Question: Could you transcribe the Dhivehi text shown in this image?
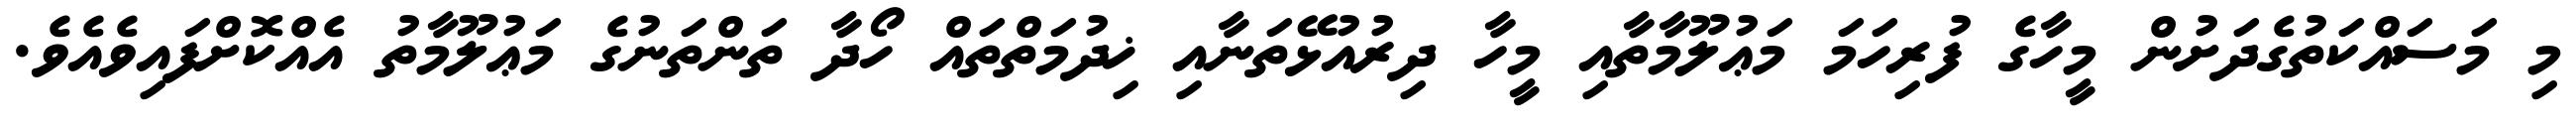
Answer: މި މަސައްކަތުގެދަށުން މީހާގެ ފުރިހަމަ މަޢުލޫމާތާއި މީހާ ދިރުއުޅޭތަނާއި ޚިދުމަތްތައް ހޯދާ ތަންތަނުގެ މަޢުލޫމާތު އެއްކޮށްފައިވެއެވެ.